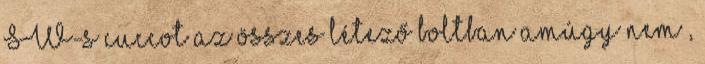
SW-s cuccot az összes létező boltban amúgy nem ,